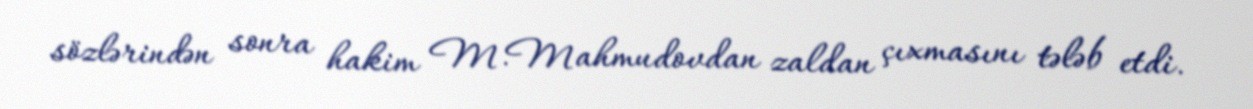
sözlərindən sonra hakim M.Mahmudovdan zaldan çıxmasını tələb etdi.